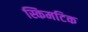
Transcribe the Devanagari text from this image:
स्किमटिक